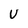
Character: U